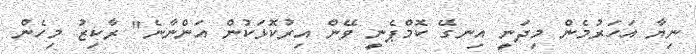
ނިޔާ އަހަރުމެން މިދަނީ އިނގޭ ކޮމްޕެނީ ވޭން އިރުކޮޅަކުން އަންނާނެ" ރާކިޒު މިހެން